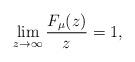
LaTeX: \begin{align*}\lim_{z\to\infty}\frac{F_{\mu}(z)}{z}=1,\end{align*}